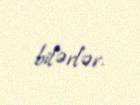
bilərlər.